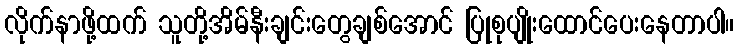
လိုက်နာဖို့ထက် သူတို့အိမ်နီးချင်းတွေချစ်အောင် ပြုစုပျိုးထောင်ပေးနေတာပါ။